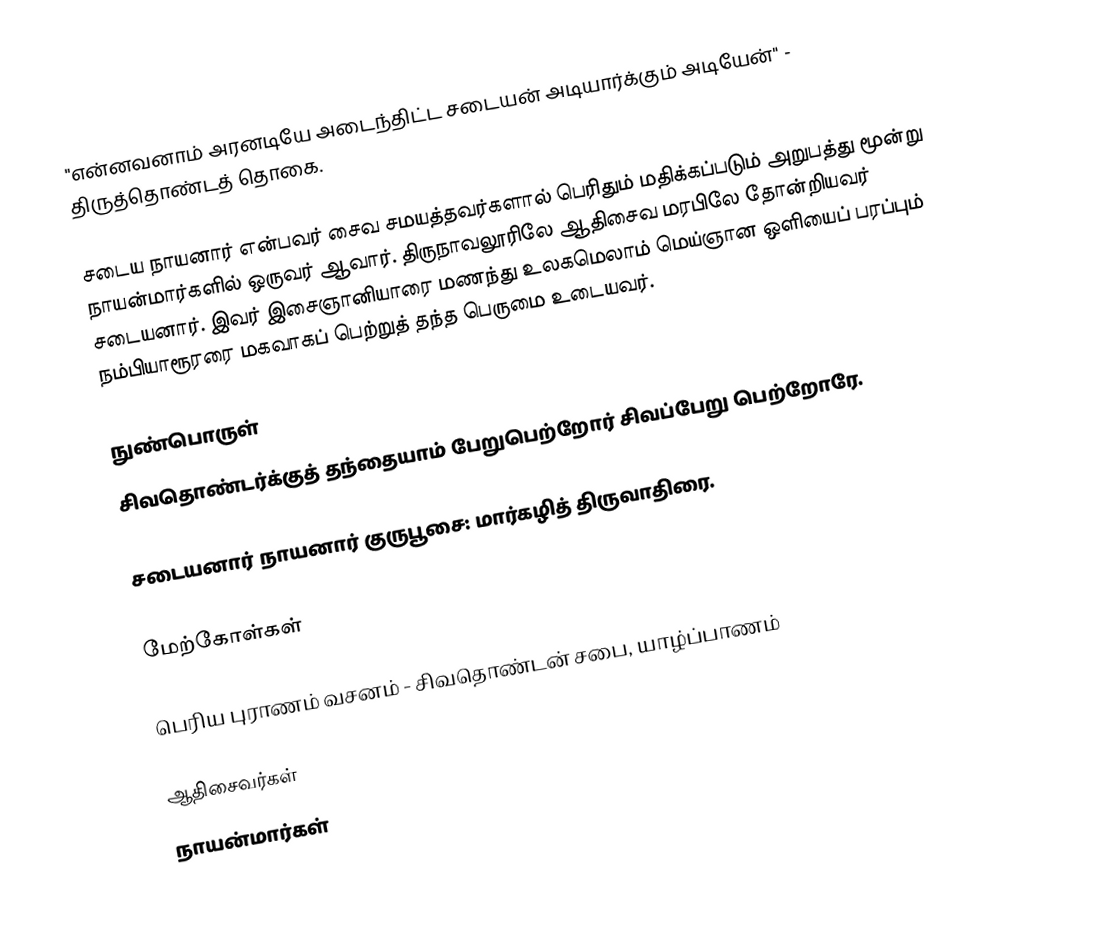
"என்னவனாம் அரனடியே அடைந்திட்ட சடையன் அடியார்க்கும் அடியேன்" - திருத்தொண்டத் தொகை.

சடைய நாயனார் என்பவர் சைவ சமயத்தவர்களால் பெரிதும் மதிக்கப்படும் அறுபத்து மூன்று நாயன்மார்களில் ஒருவர் ஆவார். திருநாவலூரிலே ஆதிசைவ மரபிலே தோன்றியவர் சடையனார். இவர் இசைஞானியாரை மணந்து  உலகமெலாம் மெய்ஞான ஒளியைப் பரப்பும் நம்பியாரூரரை மகவாகப் பெற்றுத் தந்த பெருமை உடையவர்.

நுண்பொருள்
 சிவதொண்டர்க்குத் தந்தையாம் பேறுபெற்றோர் சிவப்பேறு பெற்றோரே.

சடையனார் நாயனார் குருபூசை: மார்கழித் திருவாதிரை.

மேற்கோள்கள்

 பெரிய புராணம் வசனம் - சிவதொண்டன் சபை, யாழ்ப்பாணம்

ஆதிசைவர்கள்
நாயன்மார்கள்